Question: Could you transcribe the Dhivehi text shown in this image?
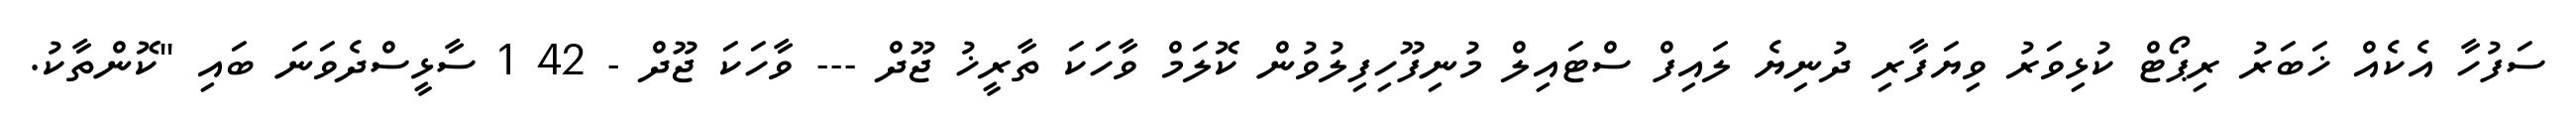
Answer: ސަފުހާ އެކެއް ޚަބަރު ރިޕޯޓް ކުޅިވަރު ވިޔަފާރި ދުނިޔެ ލައިފް ސްޓައިލް މުނިފޫހިފިލުވުން ކޮލަމް ވާހަކަ ތާރީޚު ޖޫދް --- ވާހަކަ ޖޫދް - 42 1 ސާޅީސްދެވަނަ ބައި "ކޮންތާކު.